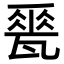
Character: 𪼽